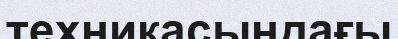
техникасындағы